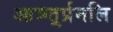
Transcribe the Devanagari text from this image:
आत्र्ग्त्र्र्प्रनलि